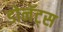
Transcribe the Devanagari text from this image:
डोनॅट्स